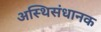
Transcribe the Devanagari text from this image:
अस्थिसंधानक